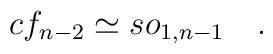
cf_{n-2}\simeq so_{1,n-1}\quad .